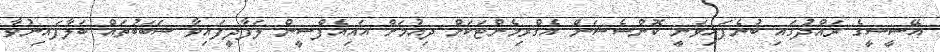
އޭސީސީގެ ރައްދުގައި ބުނެފައިވަނީ ކޮންސެޝަން އެގްރިމެންޓަކަށް ދިއުމަށް އައިއެފްސީން ލަފާދީފައިވާ ސަބަބުތައް ބަލާފައިނުވާ